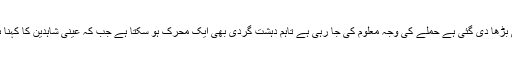
دوسری جانب میٹرو پولیٹن پولیس کا کہنا ہے کہ واقعے کے بعد لندن میں سیکورٹی بڑھا دی گئی ہے حملے کی وجہ معلوم کی جا رہی ہے تاہم دہشت گردی بھی ایک محرک ہو سکتا ہے جب کہ عینی شاہدین کا کہنا ہے کہ پولیس نے جائے وقوعہ سے قریب ایک فورینسک کیمپ بھی قائم کر لیا ہے۔